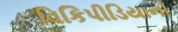
વિકિપીડિયાનો